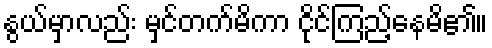
နွယ်မှာလည်း မှင်တက်မိကာ ငိုင်ကြည့်နေမိ၏။